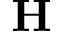
\mathbf { H }